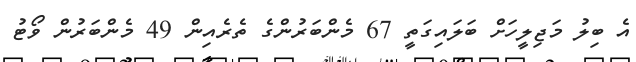
އެ ބިލު މަޖިލީހަށް ބަލައިގަތީ 67 މެންބަރުންގެ ތެރެއިން 49 މެންބަރުން ވޯޓު